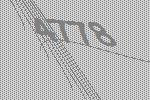
4778